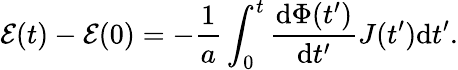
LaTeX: \mathcal{E}(t)-\mathcal{E}(0)=-\frac{1}{a}\int_{0}^{t}\frac{\mathrm{d}\Phi(t^{\prime})}{\mathrm{d}t^{\prime}}J(t^{\prime})\mathrm{d}t^{\prime}.